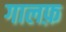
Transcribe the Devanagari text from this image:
गालफ़